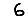
Digit: 6